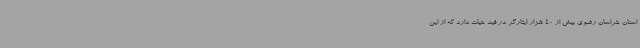
استان خراسان رضوی بیش از 40 هزار ایثارگر در قید حیات دارد که از این